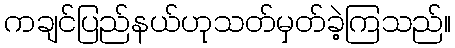
ကချင်ပြည်နယ်ဟုသတ်မှတ်ခဲ့ကြသည်။